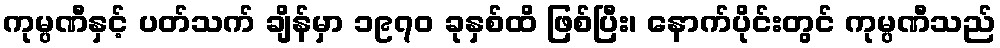
ကုမ္ပဏီနှင့် ပတ်သက် ချိန်မှာ ၁၉၇၀ ခုနှစ်ထိ ဖြစ်ပြီး၊ နောက်ပိုင်းတွင် ကုမ္ပဏီသည်